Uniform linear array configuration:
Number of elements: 24
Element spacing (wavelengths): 0.25
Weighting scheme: kaiser
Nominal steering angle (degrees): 45
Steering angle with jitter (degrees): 43.275
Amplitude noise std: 0.05
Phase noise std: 0.05

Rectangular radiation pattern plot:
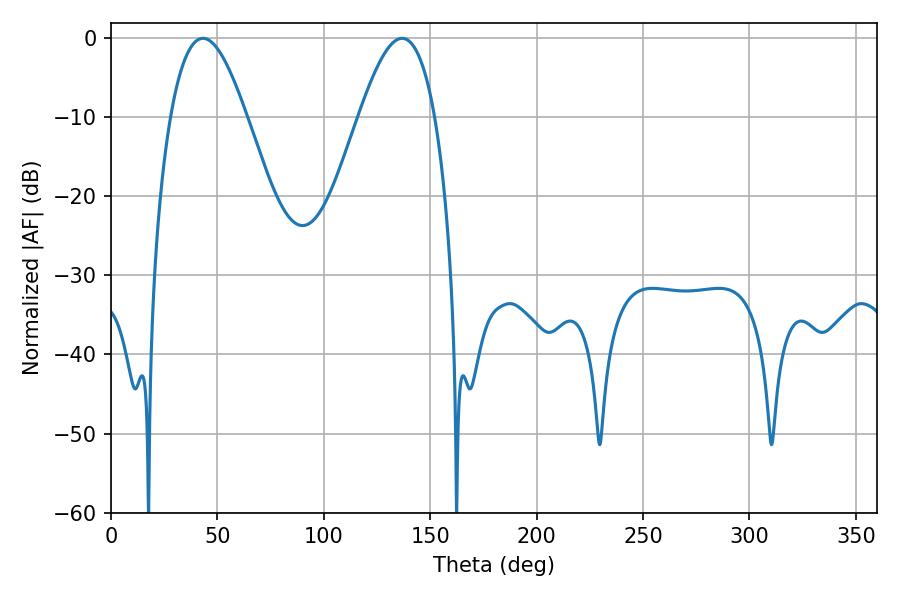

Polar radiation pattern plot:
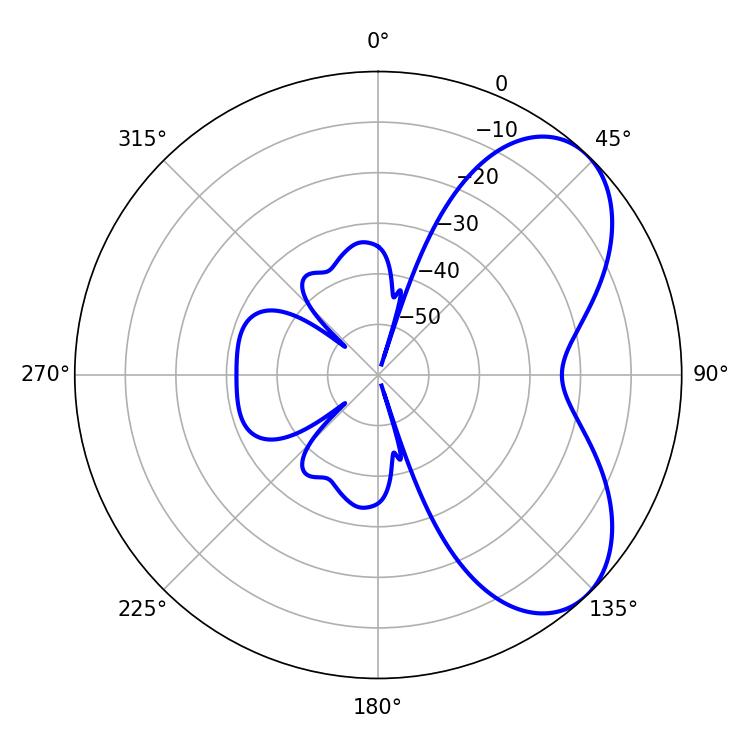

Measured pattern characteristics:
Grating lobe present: FALSE
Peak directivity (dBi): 5.887
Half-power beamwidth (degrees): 19.26
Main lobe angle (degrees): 43.2